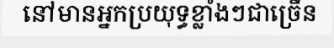
នៅមានអ្នកប្រយុទ្ធខ្លាំងៗជាច្រើន